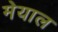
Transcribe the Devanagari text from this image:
मेयाल